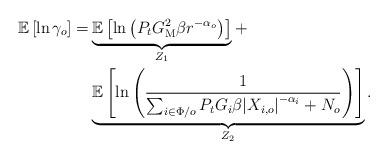
LaTeX: \begin{align*}\mathbb{E}\left[\ln\gamma _o\right]=&\underbrace{\mathbb{E}\left[\ln\left({{P_t}G_\mathrm{M}^2\beta {r^{ - {\alpha_o}}}}\right)\right]}_{Z_1}+\\&\underbrace{\mathbb{E}\left[\ln\left(\frac{1}{\sum\nolimits_{i \in \Phi /{o} } {{P_t}{G_i}\beta {{\left| {{X_{i,o}}} \right|}^{ - {\alpha _i}}}} + {N_o}}\right)\right]}_{Z_2}.\end{align*}